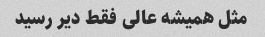
مثل همیشه عالی فقط دیر رسید